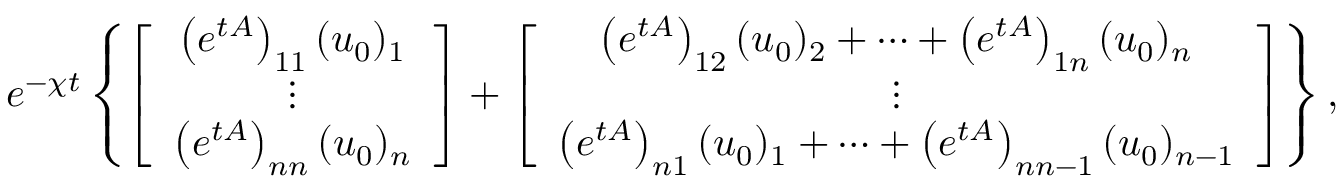
e ^ { - \chi t } \left\{ \left[ \begin{array} { c } { \left( e ^ { t A } \right) _ { 1 1 } ( u _ { 0 } ) _ { 1 } } \\ { \vdots } \\ { \left( e ^ { t A } \right) _ { n n } ( u _ { 0 } ) _ { n } } \end{array} \right] + \left[ \begin{array} { c } { \left( e ^ { t A } \right) _ { 1 2 } ( u _ { 0 } ) _ { 2 } + \cdots + \left( e ^ { t A } \right) _ { 1 n } ( u _ { 0 } ) _ { n } } \\ { \vdots } \\ { \left( e ^ { t A } \right) _ { n 1 } ( u _ { 0 } ) _ { 1 } + \cdots + \left( e ^ { t A } \right) _ { n n - 1 } ( u _ { 0 } ) _ { n - 1 } } \end{array} \right] \right\} ,